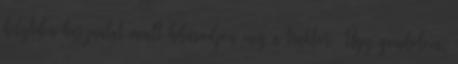
helytelen használat miatt hibásodjon meg a traktor. Úgy gondolom,